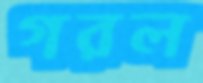
গরল